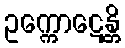
ဥက္ကောဋေန္တိ